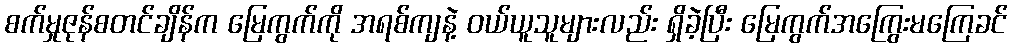
စက်မှုဇုန်စတင်ချိန်က မြေကွက်ကို အရစ်ကျနဲ့ ဝယ်ယူသူများလည်း ရှိခဲ့ပြီး မြေကွက်အကြွေးမကြေခင်